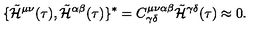
\lbrace { \tilde { \cal H } } ^ { \mu \nu } ( \tau ) , { \tilde { \cal H } } ^ { \alpha \beta } ( \tau ) \rbrace { } ^ { * } = C _ { \gamma \delta } ^ { \mu \nu \alpha \beta } { \tilde { \cal H } } ^ { \gamma \delta } ( \tau ) \approx 0 .